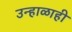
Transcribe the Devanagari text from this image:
उन्हाळाही